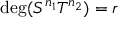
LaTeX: \mathrm { d e g } ( S ^ { n _ { 1 } } T ^ { n _ { 2 } } ) = r